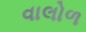
વાલોળ